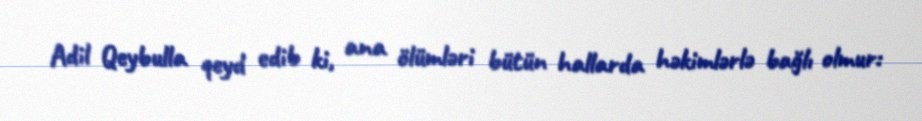
Adil Qeybulla qeyd edib ki, ana ölümləri bütün hallarda həkimlərlə bağlı olmur: